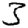
Digit: 3